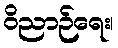
ဝိညာဉ်ရေး၊